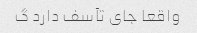
واقعا جای تآسف دارد گ